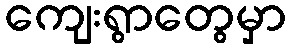
ကျေးရွာတွေမှာ